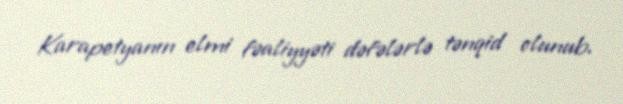
Karapetyanın elmi fəaliyyəti dəfələrlə tənqid olunub.